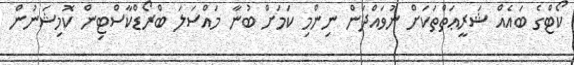
ކޯޓްގެ ބައެއް ޝަރީޢަތްތަކަށް ނުވައްދަން ނިންމި ކަމަށް ބުނާ މައްސަލަ ބްރޯޑްކާސްޓިން ކޮމިޝަނުން